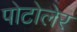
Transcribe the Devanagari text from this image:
पोटोलेर